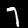
Label: 7